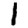
Digit: 1